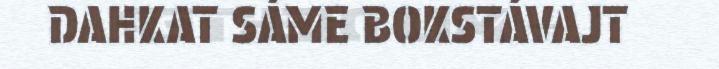
DAHKAT SÁME BOKSTÁVAJT